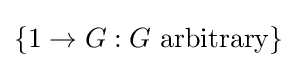
\{1\to G:G{\text{ arbitrary}}\}